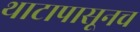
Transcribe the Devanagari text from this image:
थाटापासूनच